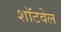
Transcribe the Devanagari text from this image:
शॉटवेल